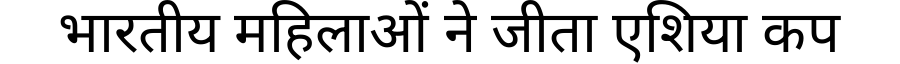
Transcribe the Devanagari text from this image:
भारतीय महिलाओं ने जीता एशिया कप